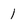
Character: 1